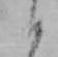
か